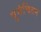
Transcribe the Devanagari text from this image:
पुर्नचिंतन